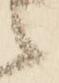
々